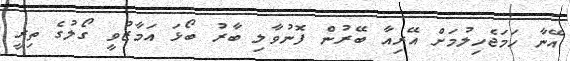
އޭނާ ހަމަޖެހިލުމަށް އޭރިއާ ބޭރުން ފޮނުވާލި ބާރު ބޯޅަ އަމާޒުވީ ގޯލުގެ ތިރީ